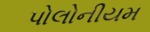
પોલોનીયમ